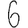
Digit: 6